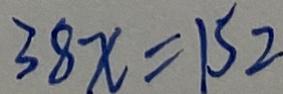
3 8 x = 1 S 2